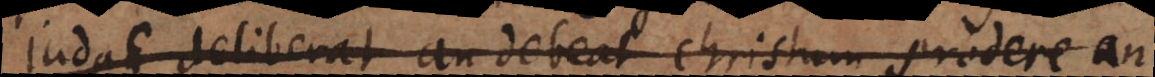
Judas deliberat an debeat Christum prodere an